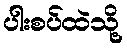
ပါးစပ်ထဲသို့